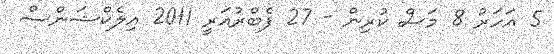
5 އަހަރު 8 މަސް ކުރިން - 27 ފެބްރުއަރީ 2011 އިލެކްޝަންސް